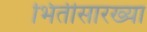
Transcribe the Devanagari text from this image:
भिंतीसारख्या